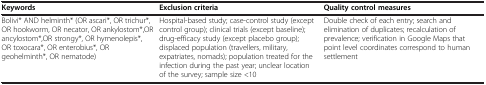
<table><thead><tr><td><b>Keywords</b></td><td><b>Exclusion criteria</b></td><td><b>Quality control measures</b></td></tr></thead><tbody><tr><td>Bolivi* AND helminth* (OR ascari*, OR trichur*, OR hookworm, OR necator, OR ankylostom*,OR ancylostom*,OR strongy*, OR hymenolepis*, OR toxocara*, OR enterobius*, OR geohelminth*, OR nematode)</td><td>Hospital-based study; case-control study (except control group); clinical trials (except baseline); drug-efficacy study (except placebo group); displaced population (travellers, military, expatriates, nomads); population treated for the infection during the past year; unclear location of the survey; sample size &lt;10</td><td>Double check of each entry; search and elimination of duplicates; recalculation of prevalence; verification in Google Maps that point level coordinates correspond to human settlement</td></tr></tbody></table>